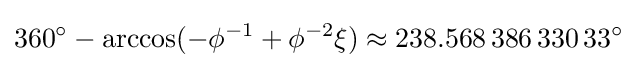
360^{\circ }-\arccos(-\phi ^{-1}+\phi ^{-2}\xi )\approx 238.568\,386\,330\,33^{\circ }